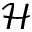
\mathcal { H }